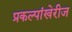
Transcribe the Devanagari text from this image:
प्रकल्पांखेरीज